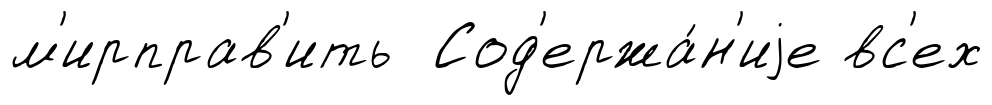
м'ирправ'ить Сод'ержа́н'иjе вс'ех